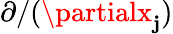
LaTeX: \partial/(\partialx_{\mathbf{j}})